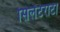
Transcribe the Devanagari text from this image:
सिलेंटराटा